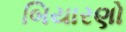
બિયારણો